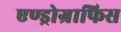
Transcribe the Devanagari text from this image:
एण्ड्रोग्राफिस